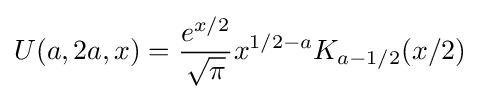
U(a,2a,x)={\frac {e^{x/2}}{\sqrt {\pi }}}x^{1/2-a}K_{a-1/2}(x/2)